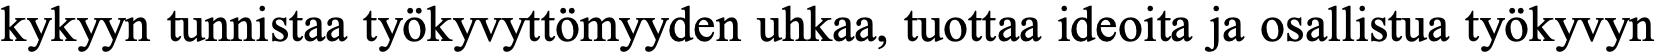
kykyyn tunnistaa työkyvyttömyyden uhkaa, tuottaa ideoita ja osallistua työkyvyn